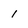
Character: 1